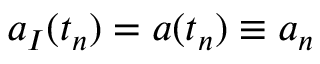
\boldsymbol { a } _ { I } ( t _ { n } ) = \boldsymbol { a } ( t _ { n } ) \equiv \boldsymbol { a } _ { n }